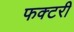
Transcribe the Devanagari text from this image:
फक्टरी